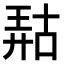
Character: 𫪹